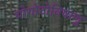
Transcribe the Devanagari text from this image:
थोगोटोविषाणु